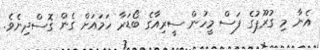
އެނާ މި ގުރޫޕުގެ ފަސް މީހުން ސީރިއާގެ ބޯޑަރާ ހަމައަށް ގެން ގޮސްދިނެވެ.